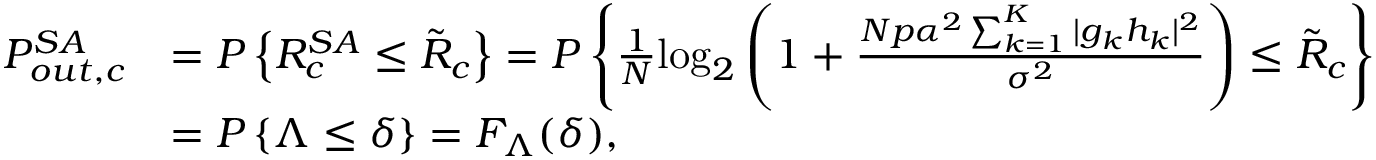
\begin{array} { r l } { P _ { o u t , c } ^ { S A } } & { = P \left\{ R _ { c } ^ { S A } \leq \tilde { R } _ { c } \right\} = P \left\{ \frac { 1 } { N } \mathrm { l o g } _ { 2 } \left( 1 + \frac { N p \alpha ^ { 2 } \sum _ { k = 1 } ^ { K } | g _ { k } h _ { k } | ^ { 2 } } { \sigma ^ { 2 } } \right) \leq \tilde { R } _ { c } \right\} } \\ & { = P \left\{ \Lambda \leq \delta \right\} = F _ { \Lambda } ( \delta ) , } \end{array}